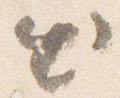
出